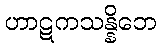
ဟာဋကသန္နိဘေ